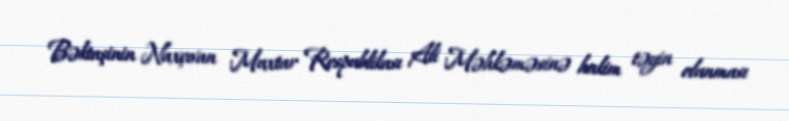
Bəktaşinin Naxçıvan Muxtar Respublikası Ali Məhkəməsinə hakim təyin olunması